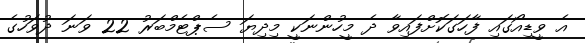
އެ ވީޑިއޯގައި ފާހަގަކޮށްފައިވާ ދެ މީހުންނަކީ މިދިޔަ ސެޕްޓެމްބަރު 22 ވަނަ ދުވަހުގެ